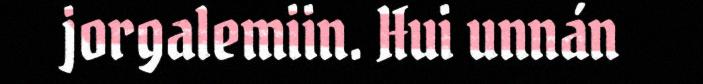
jorgalemiin. Hui unnán